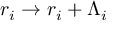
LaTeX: r _ { i } \rightarrow r _ { i } + \Lambda _ { i }